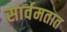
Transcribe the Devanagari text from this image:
सार्वमतात